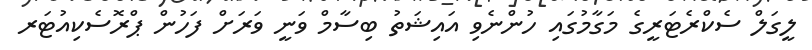
ލީގަލް ސެކްރެޓަރީގެ މަގާމުގައި ހުންނެވި އައިޝަތު ބިސާމް ވަނީ ވަރަށް ފަހުން ޕްރޮސެކިއުޓަރ